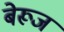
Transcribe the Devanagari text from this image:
बेरूज